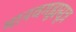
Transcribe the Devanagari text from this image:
मानवगृह्यसूत्र